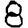
Digit: 8